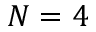
N = 4